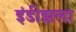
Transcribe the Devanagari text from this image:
इंडीझला